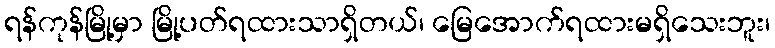
ရန်ကုန်မြို့မှာ မြို့ပတ်ရထားသာရှိတယ်၊ မြေအောက်ရထားမရှိသေးဘူး၊